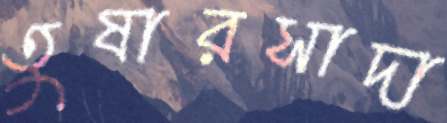
তুষারসাদা